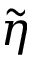
\tilde { \eta }